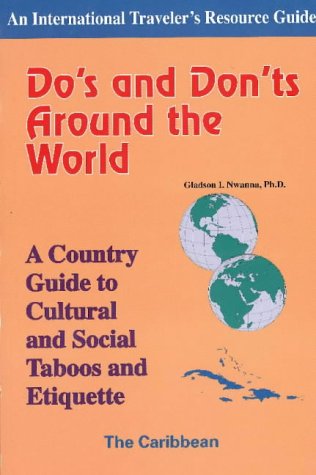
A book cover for Do's and Don'ts Around the World: A Country Guide to Cultural and Social Taboos and Etiquette-The Caribbean (International Traveler's Resource Guide); Gladson I. Nwanna; Travel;